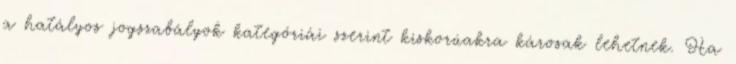
a hatályos jogszabályok kategóriái szerint kiskorúakra károsak lehetnek. Ha